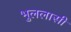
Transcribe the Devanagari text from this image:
भुललासी